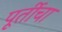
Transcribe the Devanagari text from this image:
पूर्तीचा